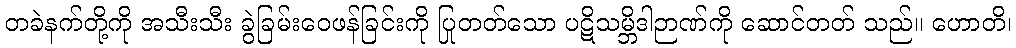
တခဲနက်တို့ကို အသီးသီး ခွဲခြမ်းဝေဖန်ခြင်းကို ပြုတတ်သော ပဋိသမ္ဘိဒါဉာဏ်ကို ဆောင်တတ် သည်။ ဟောတိ၊